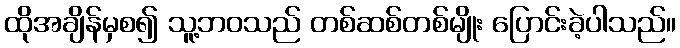
ထိုအချိန်မှစ၍ သူ့ဘဝသည် တစ်ဆစ်တစ်မျိုး ပြောင်းခဲ့ပါသည်။